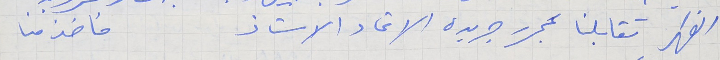
الظهر تقابلنا بمحرر جريدة الاتحاد الاستاذ               فاخذ منا